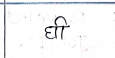
मजकूर: घी